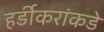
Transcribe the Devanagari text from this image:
हर्डीकरांकडे